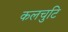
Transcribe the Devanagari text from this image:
कलचुटि